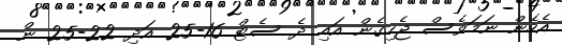
އެހެން ނަމަވެސް ޖެހިގެން އައި ދެ ސެޓް 16-25 އަދި 22-25 ން